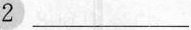
2 ___